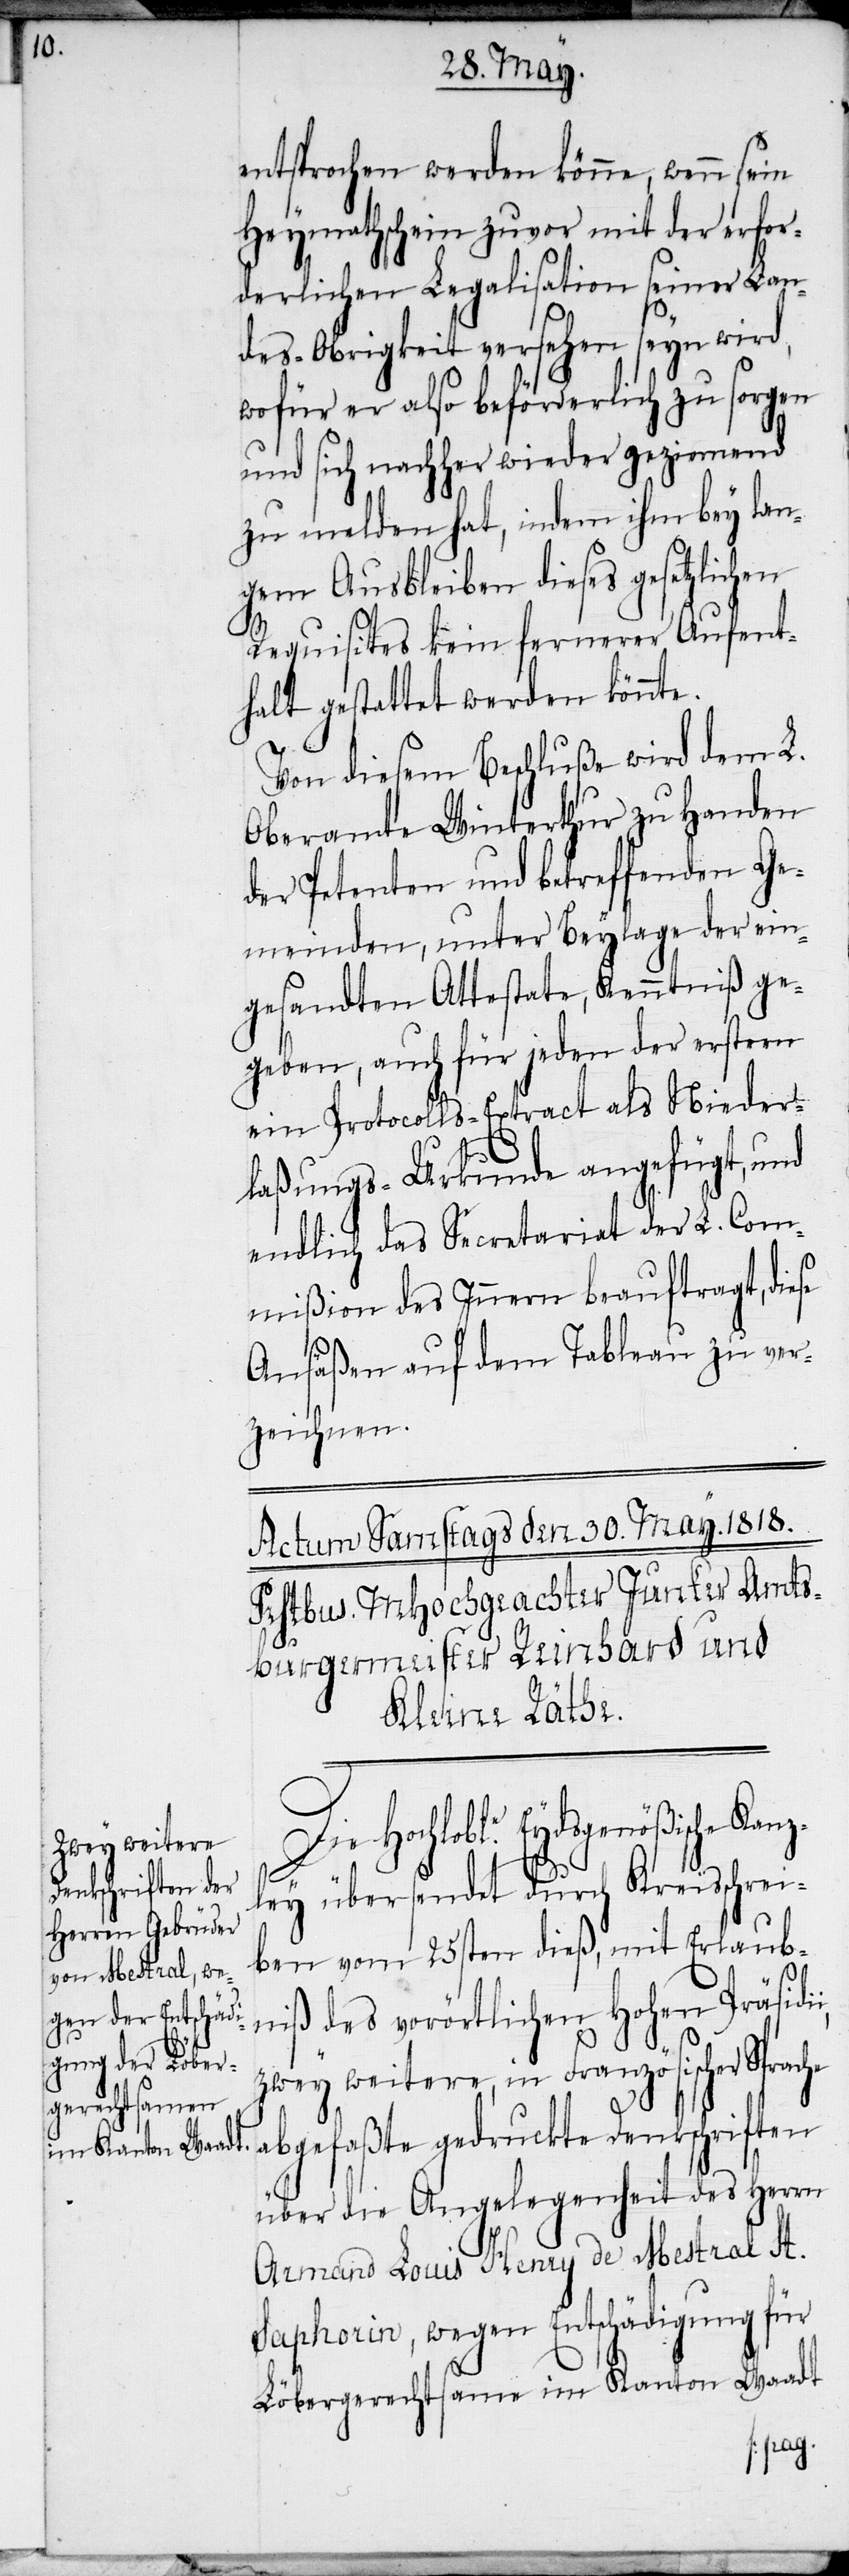
entsprochen werden könne, wenn sein
Heymathschein zuvor mit der erfor¬
derlichen Legalisation seiner Lan¬
des-Obrigkeit versehen seyn wird,
wofür er also beförderlich zu sorgen
und sich nachher wieder geziemend
zu melden hat, indem ihm bey lan¬
gem Ausbleiben dieses gesetzlichen
Requisites kein fernerer Aufent¬
halt gestattet werden könnte.
Von diesem Beschluße wird dem L.
Oberamte Winterthur zu Handen
der Petenten und betreffenden Ge¬
meinden, unter Beylage der ein¬
gesandten Attestate, Kenntniß ge¬
geben, auch für jeden der erstern
ein Protocolls-Extract als Nieder¬
laßungs-Urkunde angefügt, und
endlich das Secretariat der L. Com¬
mißion des Innern beauftragt, diese
Ansäßen auf dem Tableau zu ver¬
zeichnen.
Die Hochloble. Eydsgenößische Kanz¬
ley übersendet durch Kreisschrei¬
ben vom 25sten dieß, mit Erlaub¬
niß des vorörtlichen Hohen Präsidi¬
zwey weitere, in Französischer Spr¬
abgefaßte gedruckte Denkschriften
über die Angelegenheit des Herrn
Armand Louis Henry de Mestral St.
Saphorin, wegen Entschädigung für
Löbergerechtsame im Kanton Waadt
ache